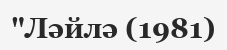
"Ләйлә (1981)